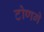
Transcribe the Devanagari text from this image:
टोणगे